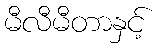
မီလီမီတာနှင့်